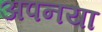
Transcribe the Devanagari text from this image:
अपनया